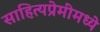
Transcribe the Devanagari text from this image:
साहित्यप्रेमींमध्ये